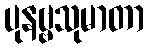
ပုနဗ္ဗသုမာတာ